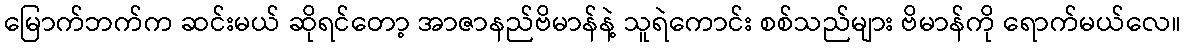
မြောက်ဘက်က ဆင်းမယ် ဆိုရင်တော့ အာဇာနည်ဗိမာန်နဲ့ သူရဲကောင်း စစ်သည်များ ဗိမာန်ကို ရောက်မယ်လေ။